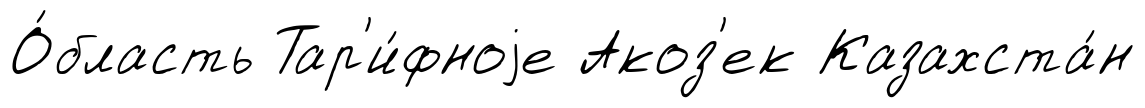
О́бласть Тар'и́фноjе Акоз'ек Казахста́н